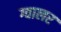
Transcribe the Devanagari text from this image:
ग्वालर